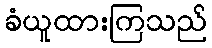
ခံယူထားကြသည်